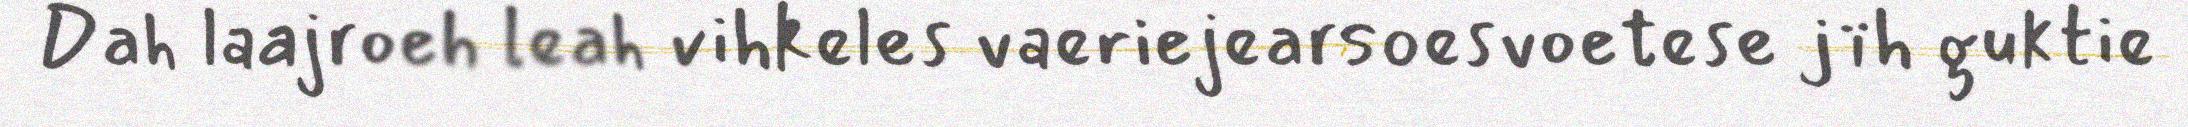
Dah laajroeh leah vihkeles vaeriejearsoesvoetese jïh guktie